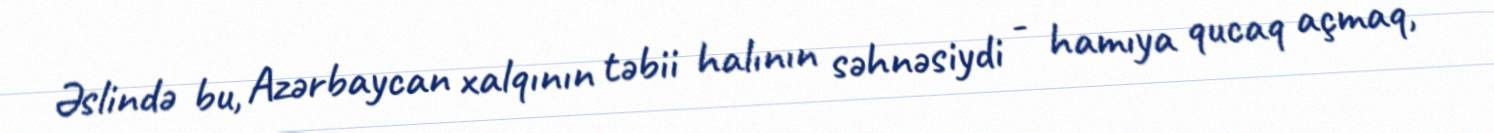
Əslində bu, Azərbaycan xalqının təbii halının səhnəsiydi - hamıya qucaq açmaq,